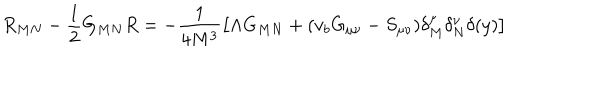
R _ { M N } - \frac { 1 } { 2 } G _ { M N } R = - \frac { 1 } { 4 M ^ { 3 } } \left[ \Lambda G _ { M N } + ( v _ { b } G _ { \mu \nu } - S _ { \mu \nu } ) \delta _ { M } ^ { \mu } \delta _ { N } ^ { \nu } \delta ( y ) \right]